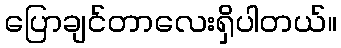
ပြောချင်တာလေးရှိပါတယ်။